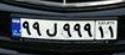
۹۹ل۹۹۹۱۱